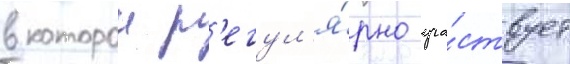
в которои р'егул'я́рно уча́ствует